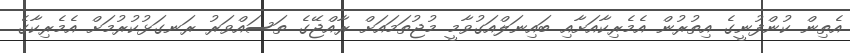
އެތިން ކުންފުނީގެ އިތުރުން އެމެރިކާއަށާއި ބައިނަލްއަގުވާމީ މުޖުތަމައަށް ރާއްޖޭގެ ތަސައްވަރު ރަނގަޅުކުރުމަށް އެމެރިކާގެ